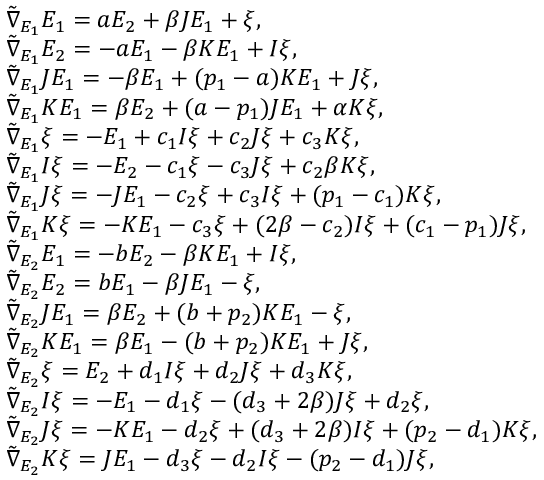
\begin{array} { r l } & { \tilde { \nabla } _ { E _ { 1 } } E _ { 1 } = a E _ { 2 } + \beta J E _ { 1 } + \xi , } \\ & { \tilde { \nabla } _ { E _ { 1 } } E _ { 2 } = - a E _ { 1 } - \beta K E _ { 1 } + I \xi , } \\ & { \tilde { \nabla } _ { E _ { 1 } } J E _ { 1 } = - \beta E _ { 1 } + ( p _ { 1 } - a ) K E _ { 1 } + J \xi , } \\ & { \tilde { \nabla } _ { E _ { 1 } } K E _ { 1 } = \beta E _ { 2 } + ( a - p _ { 1 } ) J E _ { 1 } + \alpha K \xi , } \\ & { \tilde { \nabla } _ { E _ { 1 } } \xi = - E _ { 1 } + c _ { 1 } I \xi + c _ { 2 } J \xi + c _ { 3 } K \xi , } \\ & { \tilde { \nabla } _ { E _ { 1 } } I \xi = - E _ { 2 } - c _ { 1 } \xi - c _ { 3 } J \xi + c _ { 2 } \beta K \xi , } \\ & { \tilde { \nabla } _ { E _ { 1 } } J \xi = - J E _ { 1 } - c _ { 2 } \xi + c _ { 3 } I \xi + ( p _ { 1 } - c _ { 1 } ) K \xi , } \\ & { \tilde { \nabla } _ { E _ { 1 } } K \xi = - K E _ { 1 } - c _ { 3 } \xi + ( 2 \beta - c _ { 2 } ) I \xi + ( c _ { 1 } - p _ { 1 } ) J \xi , } \\ & { \tilde { \nabla } _ { E _ { 2 } } E _ { 1 } = - b E _ { 2 } - \beta K E _ { 1 } + I \xi , } \\ & { \tilde { \nabla } _ { E _ { 2 } } E _ { 2 } = b E _ { 1 } - \beta J E _ { 1 } - \xi , } \\ & { \tilde { \nabla } _ { E _ { 2 } } J E _ { 1 } = \beta E _ { 2 } + ( b + p _ { 2 } ) K E _ { 1 } - \xi , } \\ & { \tilde { \nabla } _ { E _ { 2 } } K E _ { 1 } = \beta E _ { 1 } - ( b + p _ { 2 } ) K E _ { 1 } + J \xi , } \\ & { \tilde { \nabla } _ { E _ { 2 } } \xi = E _ { 2 } + d _ { 1 } I \xi + d _ { 2 } J \xi + d _ { 3 } K \xi , } \\ & { \tilde { \nabla } _ { E _ { 2 } } I \xi = - E _ { 1 } - d _ { 1 } \xi - ( d _ { 3 } + 2 \beta ) J \xi + d _ { 2 } \xi , } \\ & { \tilde { \nabla } _ { E _ { 2 } } J \xi = - K E _ { 1 } - d _ { 2 } \xi + ( d _ { 3 } + 2 \beta ) I \xi + ( p _ { 2 } - d _ { 1 } ) K \xi , } \\ & { \tilde { \nabla } _ { E _ { 2 } } K \xi = J E _ { 1 } - d _ { 3 } \xi - d _ { 2 } I \xi - ( p _ { 2 } - d _ { 1 } ) J \xi , } \end{array}